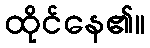
ထိုင်နေ၏။